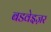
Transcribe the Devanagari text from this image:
बडवेइज़र